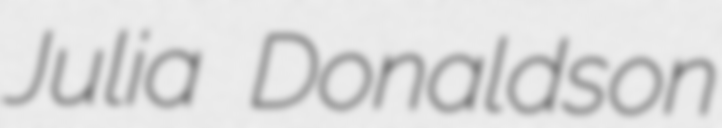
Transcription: Julia Donaldson